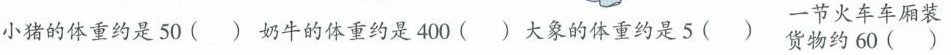
一节火车车厢装小猪的体重约是50( ) 奶牛的体重约是400( ) 大象的体重约是5( )货物约60( )